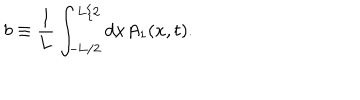
LaTeX: b \equiv \frac { 1 } { 1 } { L } \int _ { - \mathrm { L } / 2 } ^ { \mathrm { L } / 2 } d x A _ { 1 } ( x , t ) .